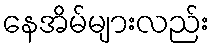
နေအိမ်များလည်း